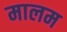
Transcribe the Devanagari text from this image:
मालम